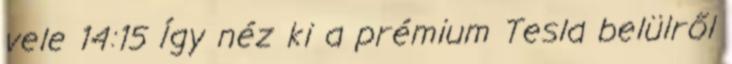
vele 14:15 Így néz ki a prémium Tesla belülről